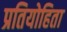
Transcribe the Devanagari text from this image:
प्रतियोहिता